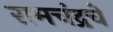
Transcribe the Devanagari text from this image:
रामचंद्रचे